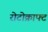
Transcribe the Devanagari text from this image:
रोटोक्राफ्ट